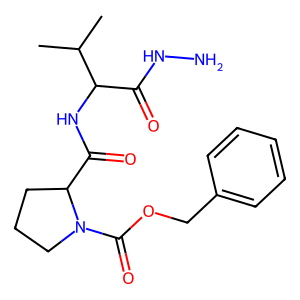
SMILES: CC(C)C(NC(=O)C1CCCN1C(=O)OCc1ccccc1)C(=O)NN
Inhibits HIV replication: No